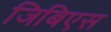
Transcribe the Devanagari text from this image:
जिबिएस